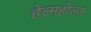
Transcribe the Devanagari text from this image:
हेल्महोल्ज़